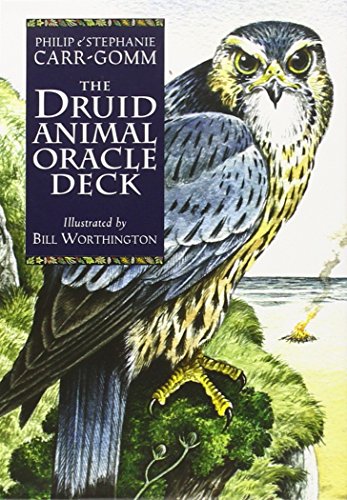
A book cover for Druid Animal Oracle Deck; Philip Carr-Gomm; Religion & Spirituality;